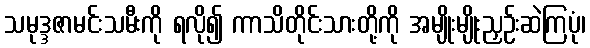
သမုဒ္ဒဇာမင်းသမီးကို ရလို၍ ကာသိတိုင်းသားတို့ကို အမျိုးမျိုးညှဉ်းဆဲကြပုံ၊